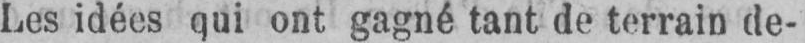
Les idées qui ont gagné tant de terrain de-